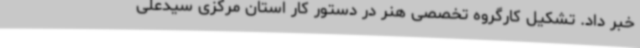
خبر داد. تشکیل کارگروه تخصصی هنر در دستور کار استان مرکزی سیدعلی